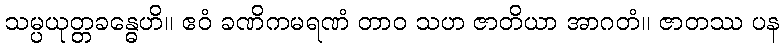
သမ္ပယုတ္တခန္ဓေဟိ။ ဧဝံ ခဏိကမရဏံ တာဝ သဟ ဇာတိယာ အာဂတံ။ ဇာတဿ ပန